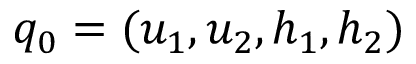
\boldsymbol { q _ { 0 } } = ( u _ { 1 } , u _ { 2 } , h _ { 1 } , h _ { 2 } )